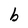
Character: b